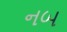
નબ